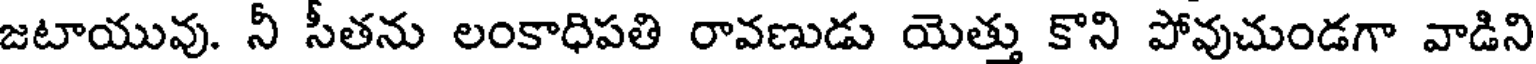
జటాయువు. నీ సీతను లంకాధిపతి రావణుడు యెత్తు కొని పోవుచుండగా వాడిని